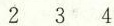
2 3 4